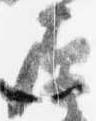
原